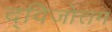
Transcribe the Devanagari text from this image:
द्विजोत्तम